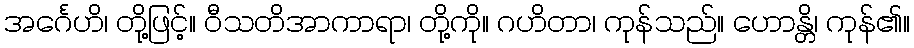
အင်္ဂေဟိ၊ တို့ဖြင့်။ ဝီသတိအာကာရာ၊ တို့ကို။ ဂဟိတာ၊ ကုန်သည်။ ဟောန္တိ၊ ကုန်၏။